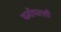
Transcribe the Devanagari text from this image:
थर्मोपल्ली